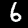
Label: 6